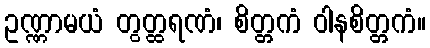
ဥဏ္ဏာမယံ တွတ္ထရဏံ၊ စိတ္တကံ ဝါနစိတ္တကံ။